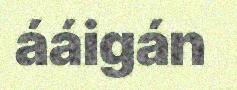
ááigán